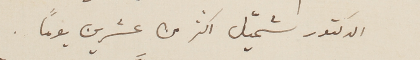
الدكتور شميّل اكثر من عشرين يوماً.